Report on the Civil Veterinary Department, Eastern Bengal and Assam - 1907-1911
Year: 1907
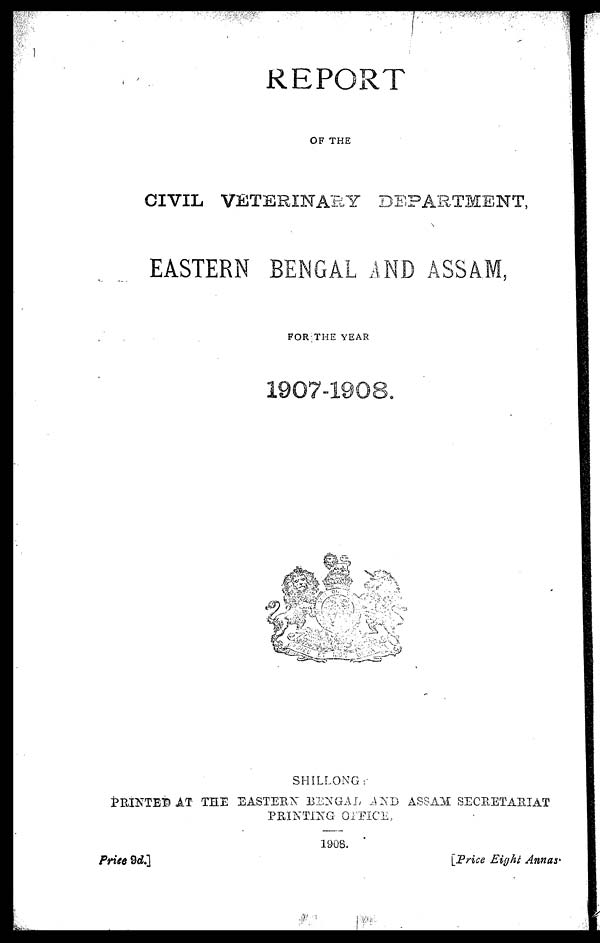
REPORT
OF THE
CIVIL VETERINARY DEPARTMENT,
EASTERN BENGAL AND ASSAM,
FOR THE YEAR
1907-1908.
SHILLONG:
PRINTED AT THE EASTERN BENGAL AND ASSAM SECRETARIAT
PRINTING OFFICE,
1908.
Price
9d.]
[Price Eight Annas'